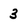
Character: 3